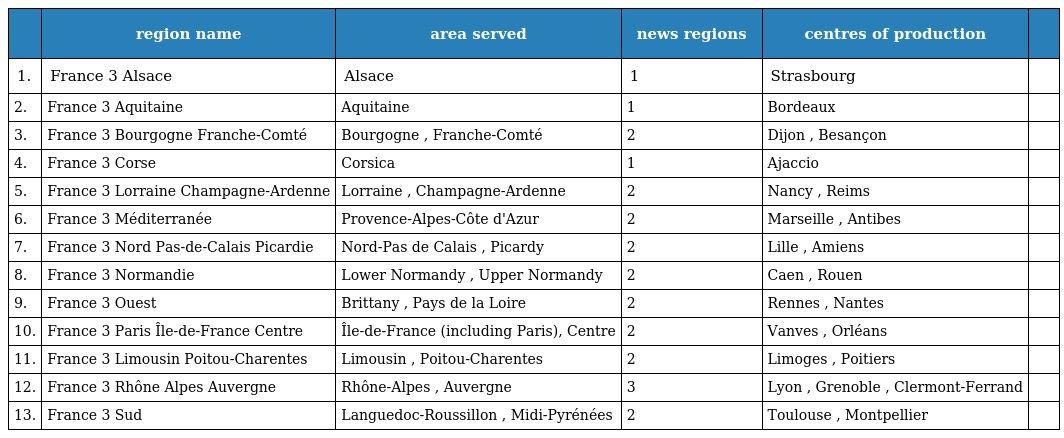
|  | region name | area served | news regions | centres of production |  |
 | --- | --- | --- | --- | --- | --- |
 | 1. | France 3 Alsace | Alsace | 1 | Strasbourg |  |
 | 2. | France 3 Aquitaine | Aquitaine | 1 | Bordeaux |  |
 | 3. | France 3 Bourgogne Franche-Comté | Bourgogne , Franche-Comté | 2 | Dijon , Besançon |  |
 | 4. | France 3 Corse | Corsica | 1 | Ajaccio |  |
 | 5. | France 3 Lorraine Champagne-Ardenne | Lorraine , Champagne-Ardenne | 2 | Nancy , Reims |  |
 | 6. | France 3 Méditerranée | Provence-Alpes-Côte d'Azur | 2 | Marseille , Antibes |  |
 | 7. | France 3 Nord Pas-de-Calais Picardie | Nord-Pas de Calais , Picardy | 2 | Lille , Amiens |  |
 | 8. | France 3 Normandie | Lower Normandy , Upper Normandy | 2 | Caen , Rouen |  |
 | 9. | France 3 Ouest | Brittany , Pays de la Loire | 2 | Rennes , Nantes |  |
 | 10. | France 3 Paris Île-de-France Centre | Île-de-France (including Paris), Centre | 2 | Vanves , Orléans |  |
 | 11. | France 3 Limousin Poitou-Charentes | Limousin , Poitou-Charentes | 2 | Limoges , Poitiers |  |
 | 12. | France 3 Rhône Alpes Auvergne | Rhône-Alpes , Auvergne | 3 | Lyon , Grenoble , Clermont-Ferrand |  |
 | 13. | France 3 Sud | Languedoc-Roussillon , Midi-Pyrénées | 2 | Toulouse , Montpellier |  |